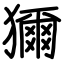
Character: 獮